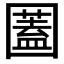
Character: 𡈮